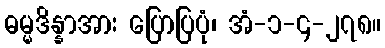
ဓမ္မဒိန္နာအား ပြောပြပုံ၊ အံ-၁-၄-၂၇၈။